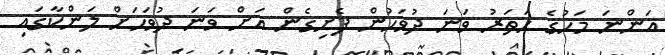
އަންނަ މަހުގެ ހަތަރު ވަނަ ދުވަހުން ފެށިގެން އަށް ވަނަ ދުވަހަށް ލަންކާގައި